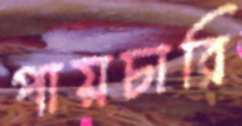
পায়চারি